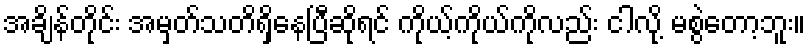
အချိန်တိုင်း အမှတ်သတိရှိနေပြီဆိုရင် ကိုယ့်ကိုယ်ကိုလည်း ငါလို့ မစွဲတော့ဘူး။